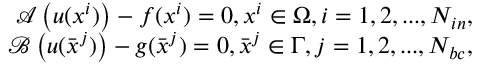
\begin{array} { r } { \boldsymbol { \mathcal { A } } \left( \boldsymbol { u } ( \boldsymbol { x } ^ { i } ) \right) - \boldsymbol { f } ( \boldsymbol { x } ^ { i } ) = 0 , \boldsymbol { x } ^ { i } \in \Omega , i = 1 , 2 , . . . , N _ { i n } , } \\ { \boldsymbol { \mathcal { B } } \left( \boldsymbol { u } ( \bar { \boldsymbol { x } } ^ { j } ) \right) - \boldsymbol { g } ( \bar { \boldsymbol { x } } ^ { j } ) = 0 , \bar { \boldsymbol { x } } ^ { j } \in \Gamma , j = 1 , 2 , . . . , N _ { b c } , } \end{array}